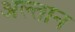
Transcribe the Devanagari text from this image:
अल्तान